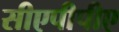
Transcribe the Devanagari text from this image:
सीएपीपीए